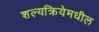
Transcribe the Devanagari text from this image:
शल्यक्रियेमधील